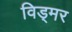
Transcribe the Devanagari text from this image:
विड्मर